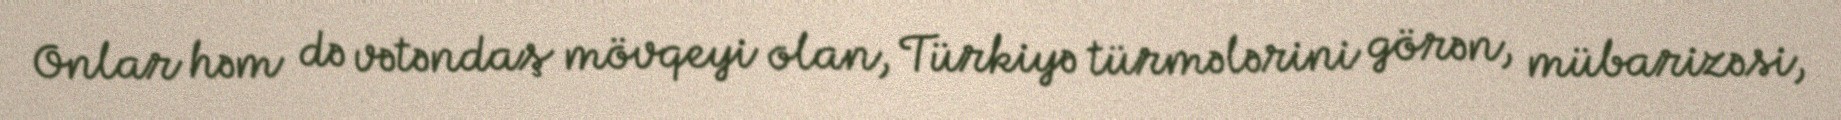
Onlar həm də vətəndaş mövqeyi olan, Türkiyə türmələrini görən, mübarizəsi,